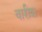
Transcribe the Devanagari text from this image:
वारीश